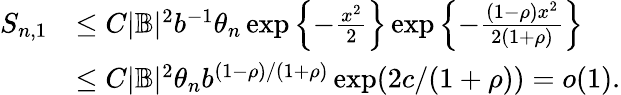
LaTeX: \begin{array}{rl}{S_{n,1}}&{\leq C|\mathbb{B}|^{2}b^{-1}\theta_{n}\exp\left\{ -\frac{x^{2}}{2}\right\} \exp\left\{ -\frac{(1-\rho)x^{2}}{2(1+\rho)}\right\} }\\ &{\leq C|\mathbb{B}|^{2}\theta_{n}b^{(1-\rho)/(1+\rho)}\exp(2c/(1+\rho))=o(1).}\end{array}